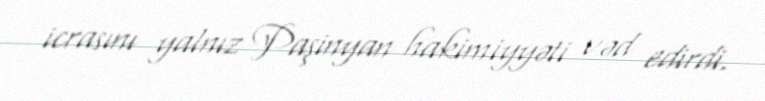
icrasını yalnız Paşinyan hakimiyyəti vəd edirdi.